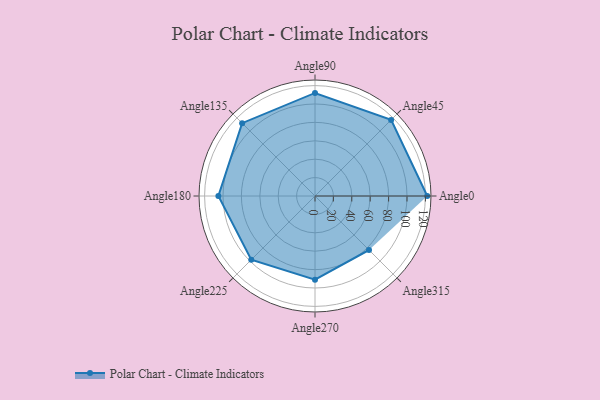
{"axis": {"x": "Angle", "y": "Radius"}, "legend": [""], "data": [{"x": "Angle0", "y": 122.0, "type": ""}, {"x": "Angle45", "y": 117.0, "type": ""}, {"x": "Angle90", "y": 112.0, "type": ""}, {"x": "Angle135", "y": 112.0, "type": ""}, {"x": "Angle180", "y": 105.0, "type": ""}, {"x": "Angle225", "y": 98.0, "type": ""}, {"x": "Angle270", "y": 91.0, "type": ""}, {"x": "Angle315", "y": 83.0, "type": ""}]}